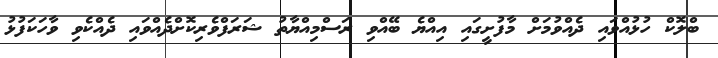
ބްލޮކް ހުޅުއްވައި ދެއްވުމަށް މާފުށީގައި އިއްޔެ ބޭއްވި ރަސްމިއްޔާތު ޝަރަފްވެރިކޮށްދެއްވައި ދެއްކެވި ވާހަކަފުޅު